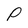
Character: P